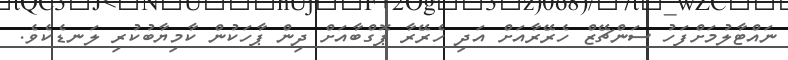
ނައްޓާލުމަށްފަހު ސަންޗޭޒް ހެރޭރާއަށް އަދި ހެރޭރާ ޕޮގްބާއަށް ދިން ޕާހަކުން ކާމިޔާބުކުރި ލަނޑެކެވެ.